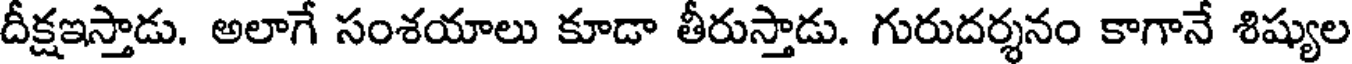
దీక్షఇస్తాడు. అలాగే సంశయాలు కూడా తీరుస్తాడు. గురుదర్శనం కాగానే శిష్యుల